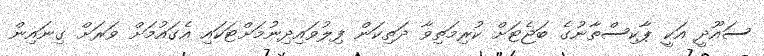
ސައޫދީ އަކީ ޕާކިސްތާނުގެ ބަޖެޓަށް ކުރިމަތިވާ ދަތިކަން ފިލުވައިދިނުމަށްޓަކައި އެގައުމަށް ވަރަށް ގިނައިން